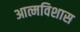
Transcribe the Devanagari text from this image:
आत्मविशास